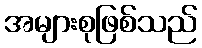
အများစုဖြစ်သည်